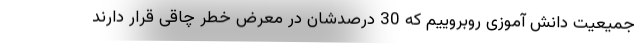
جمیعیت دانش آموزی روبروییم که 30 درصدشان در معرض خطر چاقی قرار دارند